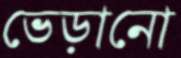
ভেড়ানো